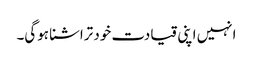
انہیں اپنی قیادت خود تراشنا ہوگی۔